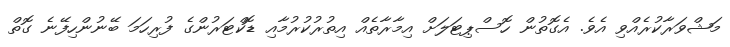
މަޝްވަރާކުރެއްވި އެވެ. އެގޮތުން ހޮސްޕިޓަލަށް އިމާރާތެއް އިތުރުކުރުމާއި ޑޮކްޓަރުންގެ ފުރިހަމަ ބޭނުންހިފޭނެ ގޮތް